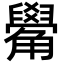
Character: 觷